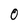
Character: 0